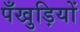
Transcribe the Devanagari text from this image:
पँखुड़ियों